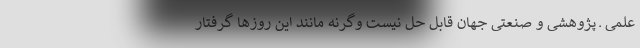
علمی ـ پژوهشی و صنعتی جهان قابل حل نیست وگرنه مانند این روزها گرفتار